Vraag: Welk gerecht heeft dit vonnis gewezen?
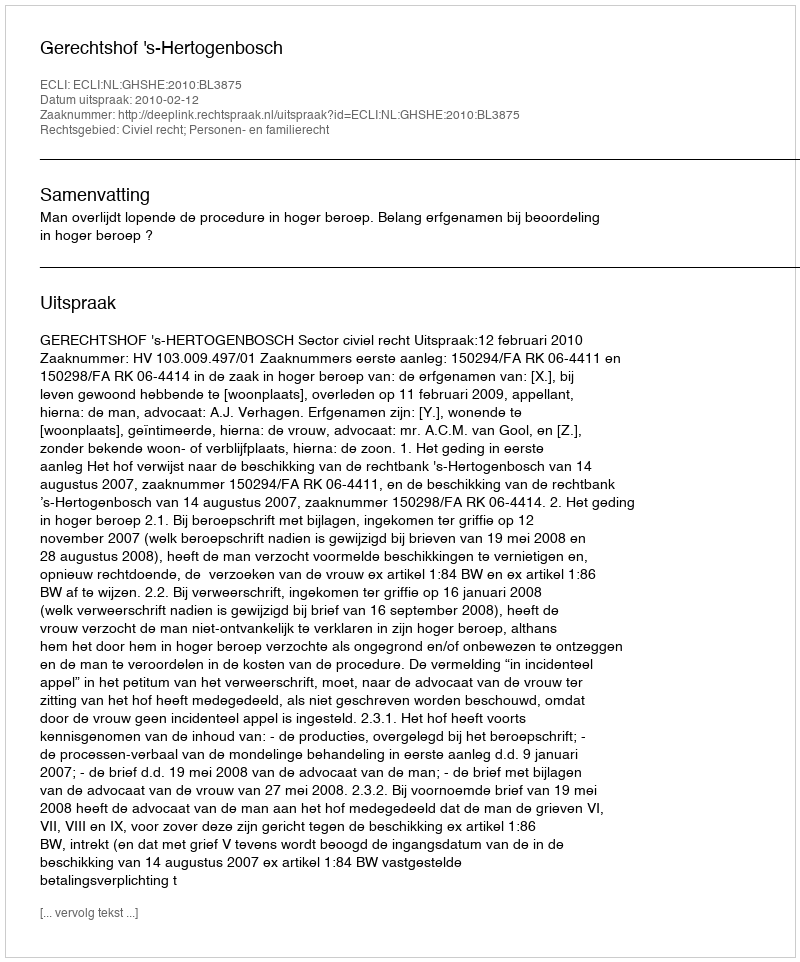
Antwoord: Gerechtshof 's-Hertogenbosch